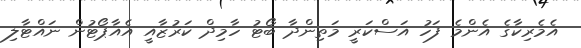
އެމެރިކާގެ އެންމެ ފަހު އަސްކަރީ މަތިންދާ ބޯޓު ހާމިދް ކަރުޒާއީ އެއާޕޯޓުން ނައްޓާލި